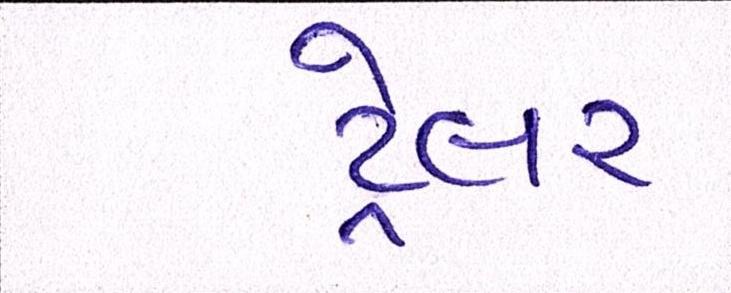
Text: ટ્રેલર